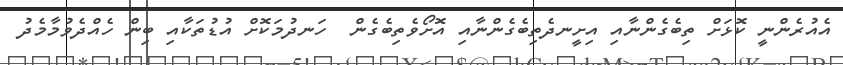
އެއުރެންނީ ކޮޅަށް ތިބެގެންނާއި އިށީނދެތިބެގެންނާއި އޮށޯވެތިބެގެން  ހަނދުމަކޮށް އުޑުތަކާއި ބިން ހެއްދެވުމާމެދު